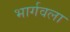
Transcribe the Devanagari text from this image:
भार्गवला